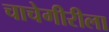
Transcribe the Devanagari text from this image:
चाचेगीरीला